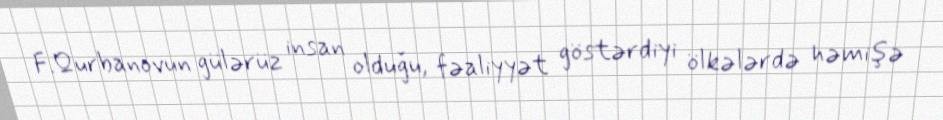
F.Qurbanovun gülərüz insan olduğu, fəaliyyət göstərdiyi ölkələrdə həmişə